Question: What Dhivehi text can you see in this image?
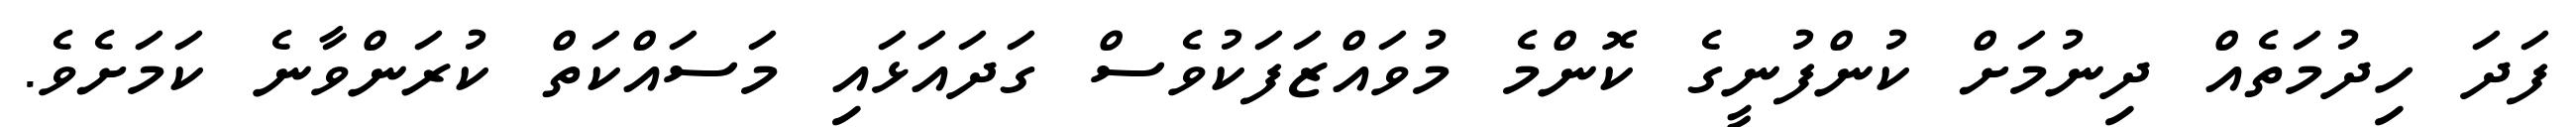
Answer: ފަދަ ހިދުމަތެއް ދިނުމަށް ކުންފުނީގެ ކޮންމެ މުވައްޒަފަކުވެސް ގަދައަޅައި މަސައްކަތް ކުރަންވާނެ ކަމަށެވެ.